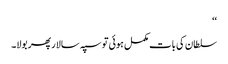
‘‘
سلطان کی بات مکمل ہوئی تو سپہ سالار پھر بولا۔